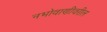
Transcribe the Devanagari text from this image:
नभोवाणीवरील